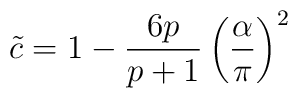
\tilde{c}=1-\displaystyle\frac{6p}{p+1}\left( \displaystyle\frac{\alpha }{\pi }\right) ^{2}